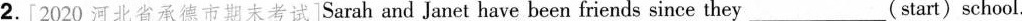
2.[2020 河北省承德市期末考试]Sarah and Janet have been friends since they___(start)school.